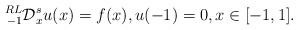
\begin{align*}\prescript{RL}{-1}{\mathcal{D}}_{x}^{s}u(x)=f(x),u{(-1)}=0, x\in[-1,1].\end{align*}